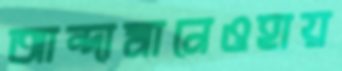
আন্দামানেওহায়